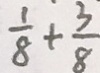
\frac { 1 } { 8 } + \frac { 3 } { 8 }